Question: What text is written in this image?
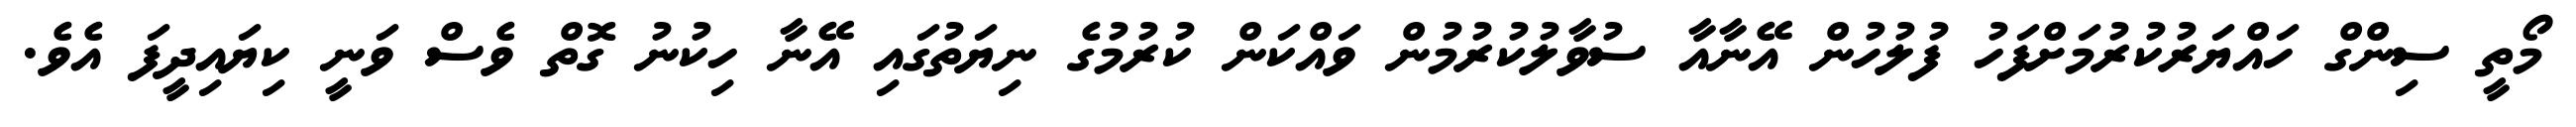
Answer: މޯތީ ސިންގް ހައްޔަރުކުރުމަށްފަހު ފުލުހުން އޭނާއާ ސުވާލުކުރުމުން ވައްކަން ކުރުމުގެ ނިޔަތުގައި އޭނާ ހިކުނު ގޮތް ވެސް ވަނީ ކިޔައިދީފަ އެވެ.